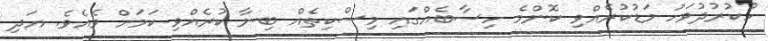
ހުކުރުދުވަހު މަޑުކުރެއްވި ކޮންމެ ހިސާބެއްގައި މިސްކިތެއް ބިނާ ކުރެއްވި ކަމަށް ވެއެވެ. އަދި